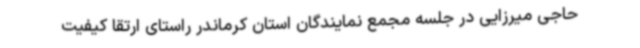
حاجی میرزایی در جلسه مجمع نمایندگان استان کرماندر راستای ارتقا کیفیت